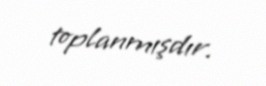
toplanmışdır.